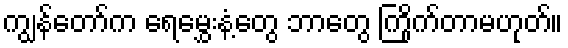
ကျွန်တော်က ရေမွှေးနံ့တွေ ဘာတွေ ကြိုက်တာမဟုတ်။